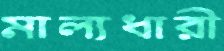
মাল্যধারী